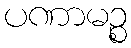
ပဏာမဉ္စ